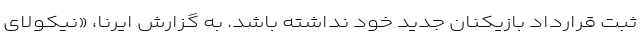
ثبت قرارداد بازیکنان جدید خود نداشته باشد. به گزارش ایرنا، «نیکولای